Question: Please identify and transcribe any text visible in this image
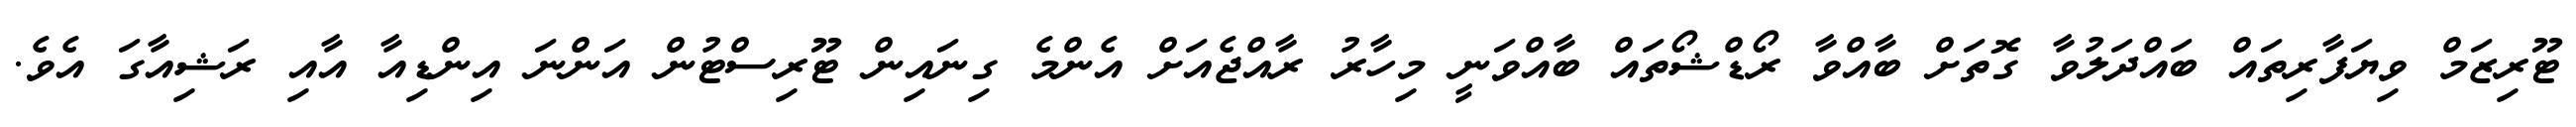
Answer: ޓޫރިޒަމް ވިޔަފާރިތައް ބައްދަލުވާ ގޮތަށް ބާއްވާ ރޯޑްޝޯތައް ބާއްވަނީ މިހާރު ރާއްޖެއަށް އެންމެ ގިނައިން ޓޫރިސްޓުން އަންނަ އިންޑިއާ އާއި ރަޝިއާގަ އެވެ.